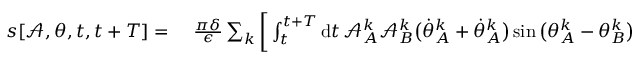
\begin{array} { r l } { s [ \mathcal { A } , \theta , t , t + T ] = ~ } & { { } \frac { \pi \delta } { \epsilon } \sum _ { k } \bigg [ \int _ { t } ^ { t + T } \mathrm { d } t \, \mathcal { A } _ { A } ^ { k } \mathcal { A } _ { B } ^ { k } \big ( \dot { \theta } _ { A } ^ { k } + \dot { \theta } _ { A } ^ { k } \big ) \sin \big ( \theta _ { A } ^ { k } - \theta _ { B } ^ { k } \big ) + \int _ { t } ^ { t + T } \mathrm { d } t \, \big ( \dot { \mathcal { A } } _ { B } ^ { k } \mathcal { A } _ { A } ^ { k } - \dot { \mathcal { A } } _ { A } ^ { k } \mathcal { A } _ { B } ^ { k } \big ) \cos \big ( \theta _ { A } ^ { k } - \theta _ { B } ^ { k } \big ) \bigg ] \, . } \end{array}